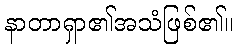
နာတာရှာ၏အသံဖြစ်၏။